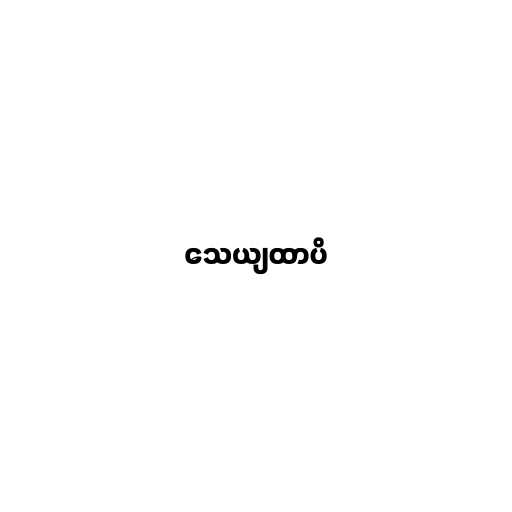
သေယျထာပိ